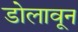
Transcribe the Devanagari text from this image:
डोलावून